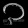
Digit: ၃